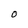
Character: O